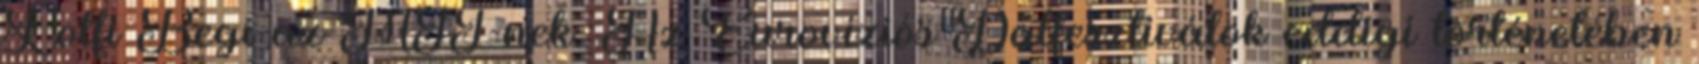
Lotfi Begi az MTI-nek. Az Eurovíziós Dalfesztiválok eddigi történetében